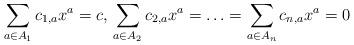
LaTeX: \begin{align*}\sum_{a\in A_1} c_{1,a}x^a=c,\, \sum_{a\in A_2} c_{2,a}x^a=\ldots=\sum_{a\in A_n} c_{n,a}x^a=0\end{align*}